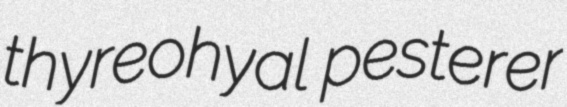
thyreohyal pesterer